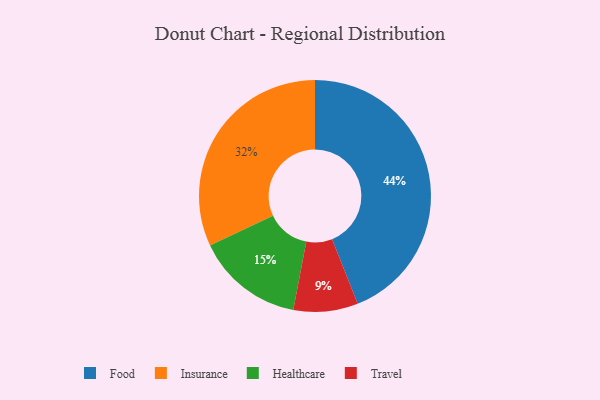
{"axis": {"x": "Category", "y": "Percentage"}, "legend": ["Food", "Healthcare", "Insurance", "Travel"], "data": [{"x": "Healthcare", "y": 15, "type": "Healthcare"}, {"x": "Travel", "y": 9, "type": "Travel"}, {"x": "Insurance", "y": 32, "type": "Insurance"}, {"x": "Food", "y": 44, "type": "Food"}]}